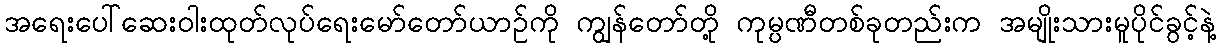
အရေးပေါ်ဆေးဝါးထုတ်လုပ်ရေးမော်တော်ယာဉ်ကို ကျွန်တော်တို့ ကုမ္ပဏီတစ်ခုတည်းက အမျိုးသားမူပိုင်ခွင့်နဲ့